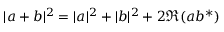
| a + b | ^ { 2 } = | a | ^ { 2 } + | b | ^ { 2 } + 2 \Re ( a b ^ { * } )